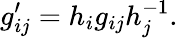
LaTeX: g_{ij}^{\prime}=h_{i}g_{ij}h_{j}^{-1}.